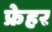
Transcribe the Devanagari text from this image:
फ्रेहर